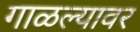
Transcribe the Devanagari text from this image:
गाळल्यावर